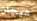
ميجان